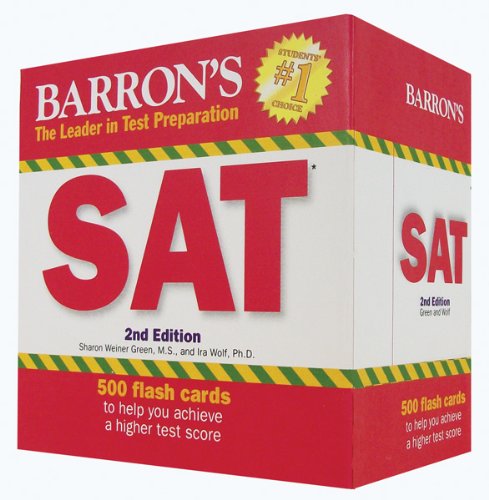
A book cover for Barron's SAT Flash Cards, 2nd Edition; Sharon Weiner Green M.A.; Test Preparation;